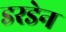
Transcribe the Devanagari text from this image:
डरडेन